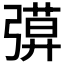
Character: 𢐖